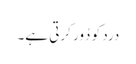
درد کو دُور کرتی ہے۔